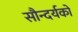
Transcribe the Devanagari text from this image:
सौन्दर्यको